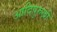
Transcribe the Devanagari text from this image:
आदिपुरुखीं